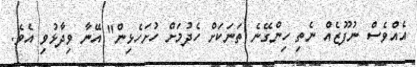
އެއްވެސް ނުފޫޒެއް ނެތި ހިންގޭނެ ތަނަކަށް ހެދުމަށް ހުށަހެޅިން" އޭނާ ވިދާޅުވި އެވެ.